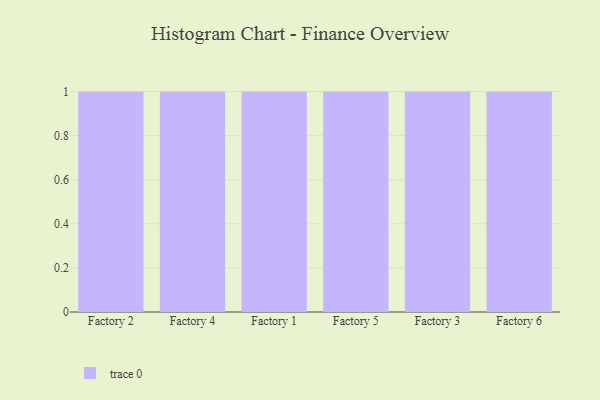
{"axis": {"x": "Factory", "y": "Net Income (USD K)"}, "legend": [""], "data": [{"x": "Factory 2", "y": 99, "type": ""}, {"x": "Factory 4", "y": 32, "type": ""}, {"x": "Factory 1", "y": 96, "type": ""}, {"x": "Factory 5", "y": 13, "type": ""}, {"x": "Factory 3", "y": 48, "type": ""}, {"x": "Factory 6", "y": 13, "type": ""}]}